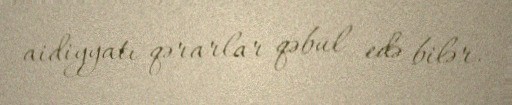
aidiyyatı qərarlar qəbul edə bilər.